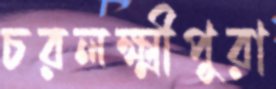
চরলক্ষ্মীপুরা